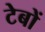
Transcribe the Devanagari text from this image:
टेबों